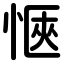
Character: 愜